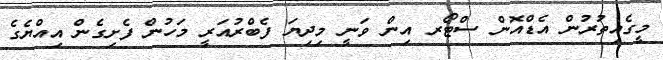
މީގެއިތުރުން އެޑްއޮން ސްޓޯރ އިން ވަނީ މިދިޔަ ފެބްރުއަރީ މަހުން ފެށިގެން އިއްޔެގެ